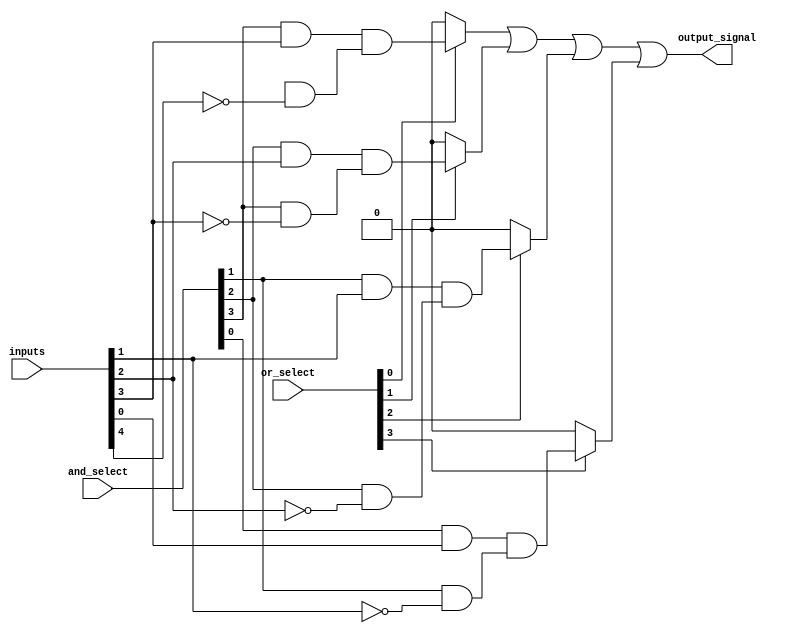
module SPAL (
    input wire [N-1:0] inputs,        // N inputs to the SPAL
    input wire [M-1:0] and_select,     // Control signals for AND gates
    input wire [P-1:0] or_select,      // Control signals for OR gates
    output wire output_signal           // Final output from the SPAL
);
    parameter N = 8;                   // Number of inputs
    parameter M = 4;                   // Number of AND gates
    parameter P = 4;                   // Number of product terms (AND outputs)

    wire [M-1:0] and_outputs;          // Outputs from AND gates
    wire [P-1:0] or_inputs;            // Inputs to OR gates

    // Programmable AND Array
    genvar i, j;
    generate
        for (i = 0; i < M; i = i + 1) begin : and_array
            // Each AND gate can be configured with inputs and their complements
            wire [N-1:0] and_inputs;
            assign and_inputs = {
                inputs[N-1], inputs[N-2], inputs[N-3], inputs[N-4], 
                inputs[N-5], inputs[N-6], inputs[N-7], inputs[N-8]
            }; // Example for 8 inputs

            // AND gate logic based on selection
            assign and_outputs[i] = (and_select[i] & and_inputs[i]) & 
                                     (and_select[i + 1] & ~and_inputs[i + 1]); // Example configuration
        end
    endgenerate

    // Select the product terms from AND outputs for OR gates
    assign or_inputs = {and_outputs[0], and_outputs[1], and_outputs[2], and_outputs[3]}; // Example

    // Programmable OR Array
    wire or_output;
    assign output_signal = (or_select[0] ? or_inputs[0] : 1'b0) |
                           (or_select[1] ? or_inputs[1] : 1'b0) |
                           (or_select[2] ? or_inputs[2] : 1'b0) |
                           (or_select[3] ? or_inputs[3] : 1'b0); // Example configuration

endmodule